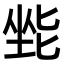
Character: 𫭿